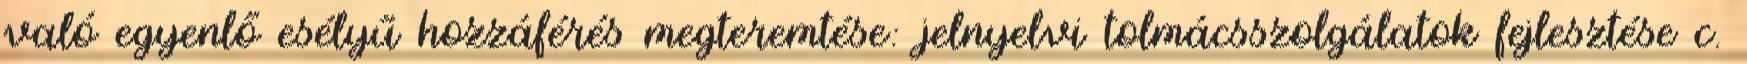
való egyenlő esélyű hozzáférés megteremtése: jelnyelvi tolmácsszolgálatok fejlesztése c.